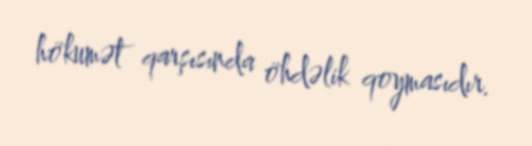
hökumət qarşısında öhdəlik qoymasıdır.